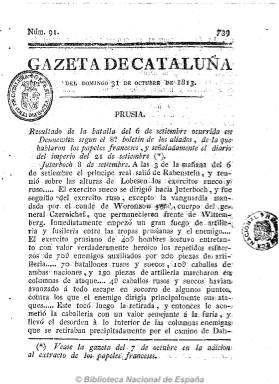
Título: Gazeta de Cataluña
Otros títulos: Gaceta de Cataluña
Colección: Gacetas
Ámbito geográfico: Barcelona
Lugar de publicación: Vich (Barcelona)
Fechas: 31/10/1813-03/02/1814

Se considera continuadora de Gazeta militar y política del Principado de Cataluña, que la Junta Superior del Principado había comenzado a publicar el 23 de agosto de 1808 en Tarragona, y que se siguió estampando en una decena de localidades catalanas en una imprenta volante, siguiendo los destinos de la junta y del ejército en Cataluña a lo largo de la guerra de la independencia. Cambia su título a Gazeta de Cataluña el 31 de octubre de 1813, y lo hace ya “de orden” del Gobierno Superior Español de la Provincia, que ha sustituido a la Junta Superior del Principado. A partir del cuatro de noviembre de este año comenzará una nueva numeración y paginación y a imprimirse en Vic, a la vez que junto a la cabecera estampará un amplio grabado con los escudos de Castilla y Cataluña, en el que se incluye la leyenda: “La Constitución ha hermanado las familias de la península”.

La colección de la Biblioteca Nacional de España contiene tanto el “Prospecto”, de cuatro páginas, como el impreso titulado “El redactor de la Gazeta de Cataluña al público”, de dos páginas, que no es otro que el presbítero Agustín Torres, que se encargará de redactar esta nueva etapa de este periódico patriótico y oficial que se considera el más importante de Cataluña durante el periodo.

Aparecerá en números de ocho o doce páginas, publicará asimismo suplementos y números extraordinarios, y sus textos los clasificará dependiendo de las fuentes que utiliza. Publicará noticias de la guerra de Cataluña y del resto de España, procedentes de los periódicos de provincias, así como copias de partes de guerra, oficios, etc., del ejército español; y noticias de la guerra en Europa, procedentes de periódicos de las potencias aliadas, especialmente ingleses, pero también de los franceses, algunas veces comentadas. También publicará noticias de las sesiones de las Cortes ordinarias y decretos y órdenes del Consejo de la Regencia, así como artículos militares y de política, y una sección de variedades.

De periodicidad bisemanal (jueves y domingos), a partir del dos enero de 1814 reiniciará de nuevo su numeración y paginación y es compuesto a dos columnas, y a partir de su número 12 aparecerá ya Antonio Brusi como responsable de su impresión, siguiendo publicándose en Vic hasta el 29 de mayo de 1814. Tras acabar la guerra, Brusi seguirá publicándolo en Barcelona, hasta diciembre de 1816.

Para conocer más detalles de las vicisitudes de este periódico, véase la obra: Els orígens de la premsa a Catalunya.